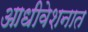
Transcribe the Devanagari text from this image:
आधीवेशनात